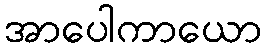
အာပေါကာယော